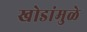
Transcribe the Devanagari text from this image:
खोडांमुळे